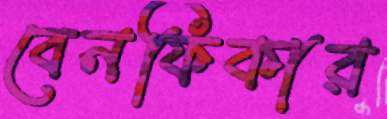
বেনফিকার